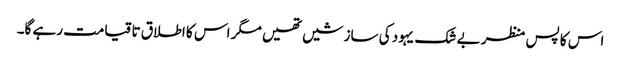
اس کا پس منظر بے شک یہود کی سازشیں تھیں مگر اس کا اطلاق تا قیامت رہے گا۔